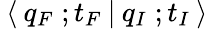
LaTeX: \: \langle\: q_{F}\; ;t_{F}\: |\: q_{I}\; ;t_{I}\: \rangle\: